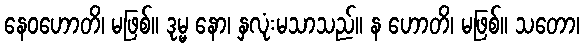
နေဝဟောတိ၊ မဖြစ်။ ဒုမ္မ နော၊ နှလုံးမသာသည်။ န ဟောတိ၊ မဖြစ်။ သတော၊